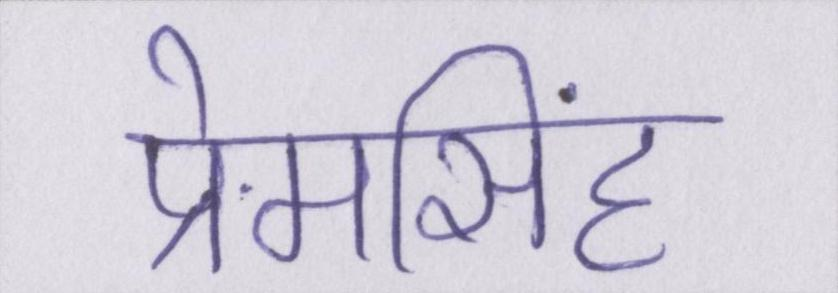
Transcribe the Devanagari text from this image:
प्रेमसिंह